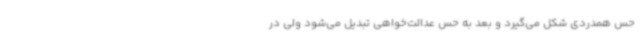
حس همدردی شکل می‌گیرد و بعد به حس عدالت‌خواهی تبدیل می‌شود ولی در